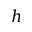
h